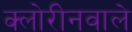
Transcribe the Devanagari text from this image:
क्लोरीनवाले